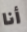
أنا